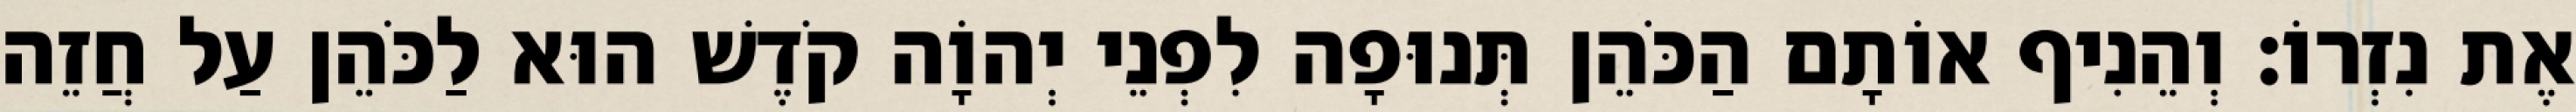
אֶת נִזְרוֹ׃ וְהֵנִיף אוֹתָם הַכֹּהֵן תְּנוּפָה לִפְנֵי יְהוָֹה קֹדֶשׁ הוּא לַכֹּהֵן עַל חֲזֵה